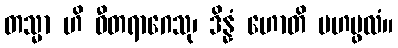
တသ္မာ ဟိ ဝီတရာဂေသု၊ ဒိန္နံ ဟောတိ မဟပ္ဖလံ။